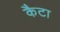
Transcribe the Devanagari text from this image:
कैटा